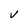
Character: V